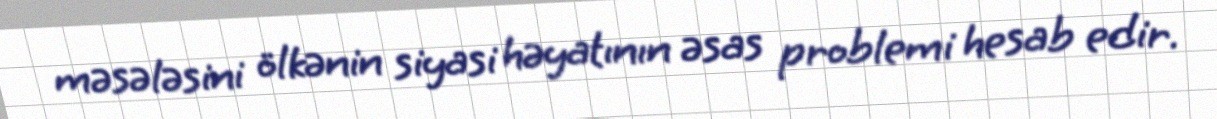
məsələsini ölkənin siyasi həyatının əsas problemi hesab edir.